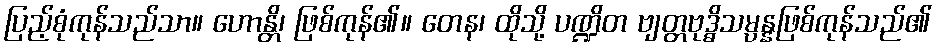
ပြည့်စုံကုန်သည်သာ။ ဟောန္တိ၊ ဖြစ်ကုန်၏။ တေန၊ ထိုသို့ ပဏ္ဍိတ ဗျတ္တဗုဒ္ဓိသမ္ပန္နဖြစ်ကုန်သည်၏